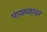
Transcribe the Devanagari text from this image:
पायथ्यावर